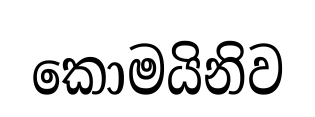
කොමයිනිව